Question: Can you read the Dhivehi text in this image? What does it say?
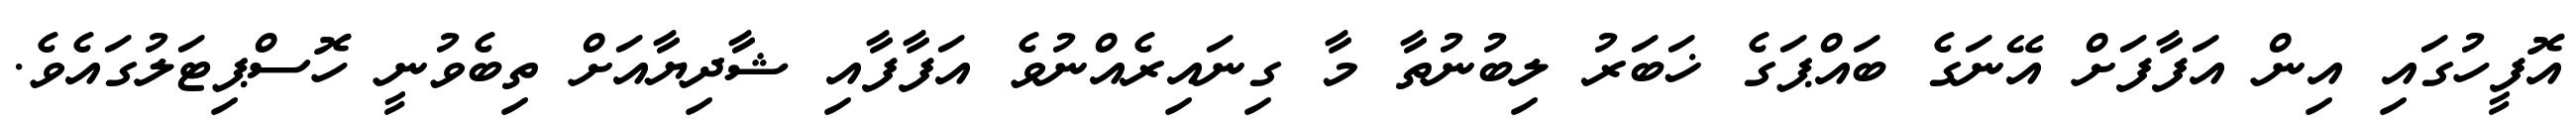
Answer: އޮފީހުގައި އިން އަފާފަށް އޭނަގެ ބައްޕަގެ ޚަބަރު ލިބުނުތާ މާ ގިނައިރެއްނުވެ އަފާފާއި ޝާދިޔާއަށް ތިބެވުނީ ހޮސްޕިޓަލުގައެވެ.